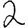
Digit: 2